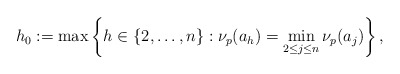
\begin{align*}h_0:=\max\left\{h\in\{2,\ldots,n\}:\nu_p(a_h) =\min_{2\leq j\leq n} \nu_p(a_j)\right\},\end{align*}